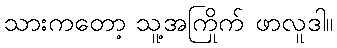
သားကတော့ သူ့အကြိုက် ဖာလူဒါ။